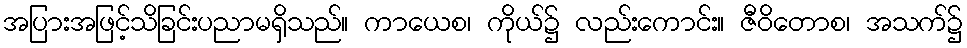
အပြားအဖြင့်သိခြင်းပညာမရှိသည်။ ကာယေစ၊ ကိုယ်၌ လည်းကောင်း။ ဇီဝိတောစ၊ အသက်၌